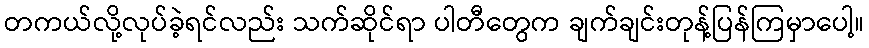
တကယ်လို့လုပ်ခဲ့ရင်လည်း သက်ဆိုင်ရာ ပါတီတွေက ချက်ချင်းတုန့်ပြန်ကြမှာပေါ့။